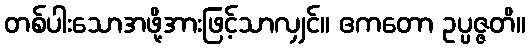
တစ်ပါးသောအဖို့အားဖြင့်သာလျှင်။ ဧကတော ဥပ္ပဇ္ဇတိ။